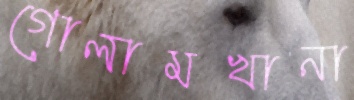
গোলামখানা